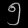
Digit: ၅